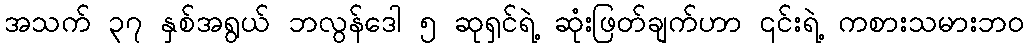
အသက် ၃၇ နှစ်အရွယ် ဘလွန်ဒေါ ၅ ဆုရှင်ရဲ့ ဆုံးဖြတ်ချက်ဟာ ၎င်းရဲ့ ကစားသမားဘဝ